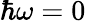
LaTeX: \hbar\omega=0